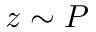
z \sim P